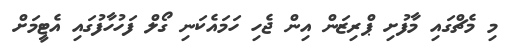
މި މެޗްގައި މާފުށި ޕްރިޒަން އިން ޖެހި ހަމައެކަނި ގޯލް ފަހުހާފުގައި އެޓީމަށް